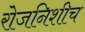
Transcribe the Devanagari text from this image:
रोजनिशीच